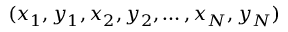
( x _ { 1 } , y _ { 1 } , x _ { 2 } , y _ { 2 } , \dots , x _ { N } , y _ { N } )